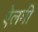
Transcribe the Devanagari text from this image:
ऐलगी